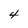
Character: 4